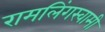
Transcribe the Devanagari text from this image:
रामलिंगस्वामी